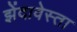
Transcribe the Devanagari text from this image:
झेंदावेस्ता